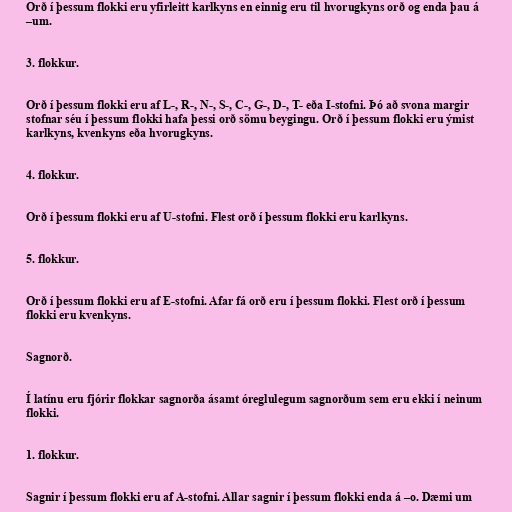
Orð í þessum flokki eru yfirleitt karlkyns en einnig eru til hvorugkyns orð og enda þau á
–um.

3. flokkur.

Orð í þessum flokki eru af L-, R-, N-, S-, C-, G-, D-, T- eða I-stofni. Þó að svona margir
stofnar séu í þessum flokki hafa þessi orð sömu beygingu. Orð í þessum flokki eru ýmist
karlkyns, kvenkyns eða hvorugkyns.

4. flokkur.

Orð í þessum flokki eru af U-stofni. Flest orð í þessum flokki eru karlkyns.

5. flokkur.

Orð í þessum flokki eru af E-stofni. Afar fá orð eru í þessum flokki. Flest orð í þessum
flokki eru kvenkyns.

Sagnorð.

Í latínu eru fjórir flokkar sagnorða ásamt óreglulegum sagnorðum sem eru ekki í neinum
flokki.

1. flokkur.

Sagnir í þessum flokki eru af A-stofni. Allar sagnir í þessum flokki enda á –o. Dæmi um